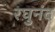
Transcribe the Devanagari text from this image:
रघुनंद